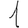
Digit: 1